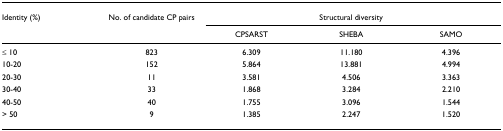
<table><thead><tr><td><b>Identity (%)</b></td><td><b>No. of candidate CP pairs</b></td><td colspan="3"><b>Structural diversity</b></td></tr><tr><td></td><td></td><td><b>CPSARST</b></td><td><b>SHEBA</b></td><td><b>SAMO</b></td></tr></thead><tbody><tr><td>≤ 10</td><td>823</td><td>6.309</td><td>11.180</td><td>4.396</td></tr><tr><td>10-20</td><td>152</td><td>5.864</td><td>13.881</td><td>4.994</td></tr><tr><td>20-30</td><td>11</td><td>3.581</td><td>4.506</td><td>3.363</td></tr><tr><td>30-40</td><td>33</td><td>1.868</td><td>3.284</td><td>2.210</td></tr><tr><td>40-50</td><td>40</td><td>1.755</td><td>3.096</td><td>1.544</td></tr><tr><td>&gt; 50</td><td>9</td><td>1.385</td><td>2.247</td><td>1.520</td></tr></tbody></table>